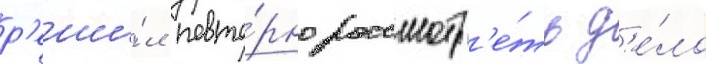
р'еши́л повто́рно рассмотр'е́ть д'е́ло